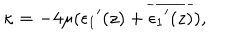
LaTeX: \kappa = - 4 \mu ( { \epsilon _ { 1 } } ^ { \prime } ( z ) + \overline { { { { \epsilon _ { 1 } } ^ { \prime } ( z ) } } } ) ,